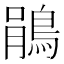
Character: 鵑